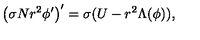
\left( \sigma N r ^ { 2 } \phi ^ { \prime } \right) ^ { \prime } = \sigma ( U - r ^ { 2 } \Lambda ( \phi ) ) ,